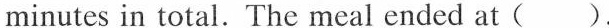
minutes in total. The meal ended at( ).